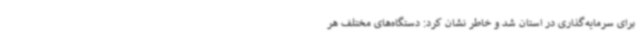
برای سرمایه‌گذاری در استان شد و خاطر نشان کرد: دستگاه‌های مختلف هر